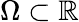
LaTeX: \Omega\subset\mathbb{R}